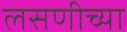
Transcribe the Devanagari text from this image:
लसणीच्या